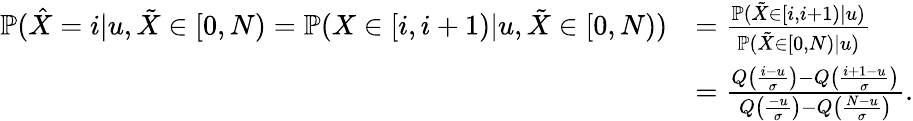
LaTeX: \begin{array}{rl}{\mathbb{P}(\hat{X}=i|u,\tilde{X}\in[0,N)=\mathbb{P}(X\in[i,i+1)|u,\tilde{X}\in[0,N))}&{=\frac{\mathbb{P}(\tilde{X}\in[i,i+1)|u)}{\mathbb{P}(\tilde{X}\in[0,N)|u)}}\\ &{=\frac{Q\left(\frac{i-u}{\sigma}\right)-Q\left(\frac{i+1-u}{\sigma}\right)}{Q\left(\frac{-u}{\sigma}\right)-Q\left(\frac{N-u}{\sigma}\right)}.}\end{array}